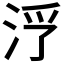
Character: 𱦓